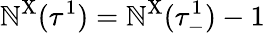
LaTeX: \mathbb{N}^{\mathrm{{X}}}(\tau^{1})=\mathbb{N}^{\mathrm{{X}}}(\tau_{-}^{1})-1